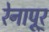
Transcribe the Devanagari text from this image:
रेनापूर्